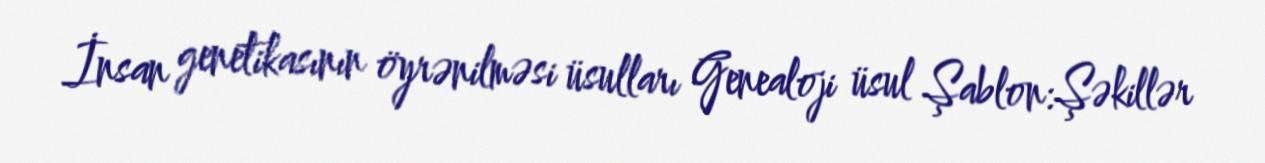
İnsan genetikasının öyrənilməsi üsulları Genealoji üsul Şablon:Şəkillər